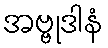
အဗ္ဗုဒါနံ